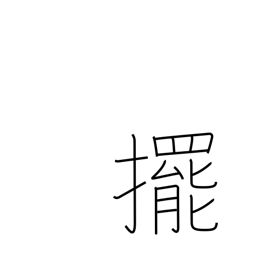
Meaning: push open